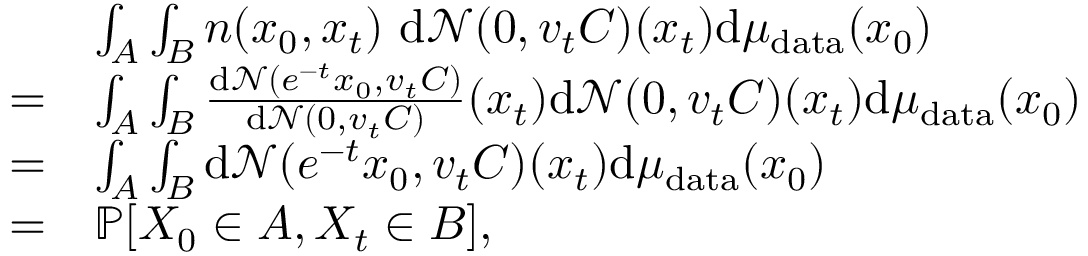
\begin{array} { r l } & { \int _ { A } \int _ { B } n ( x _ { 0 } , x _ { t } ) ~ \mathrm { d } \mathcal { N } ( 0 , v _ { t } C ) ( x _ { t } ) \mathrm { d } \mu _ { \mathrm { d a t a } } ( x _ { 0 } ) } \\ { = } & { \int _ { A } \int _ { B } \frac { \mathrm { d } \mathcal { N } ( e ^ { - t } x _ { 0 } , v _ { t } C ) } { \mathrm { d } \mathcal { N } ( 0 , v _ { t } C ) } ( x _ { t } ) \mathrm { d } \mathcal { N } ( 0 , v _ { t } C ) ( x _ { t } ) \mathrm { d } \mu _ { \mathrm { d a t a } } ( x _ { 0 } ) } \\ { = } & { \int _ { A } \int _ { B } \mathrm { d } \mathcal { N } ( e ^ { - t } x _ { 0 } , v _ { t } C ) ( x _ { t } ) \mathrm { d } \mu _ { \mathrm { d a t a } } ( x _ { 0 } ) } \\ { = } & { \mathbb { P } [ X _ { 0 } \in A , X _ { t } \in B ] , } \end{array}